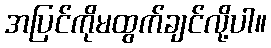
အပြင်ကိုမထွက်ချင်လို့ပါ။